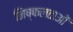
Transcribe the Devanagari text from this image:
निष्फलताओं